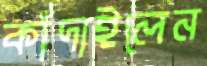
কাঁদাইলেন